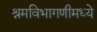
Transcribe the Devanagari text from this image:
श्रमविभागणीमध्ये